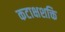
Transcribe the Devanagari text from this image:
कटाक्षशक्ति